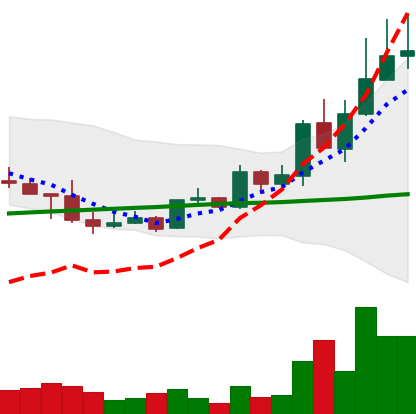
Ticker: LINK-USD
Chart end date: 2019-05-11
Forward return: 36.431%
Label: up_7plus